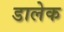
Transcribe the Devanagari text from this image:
डालेक